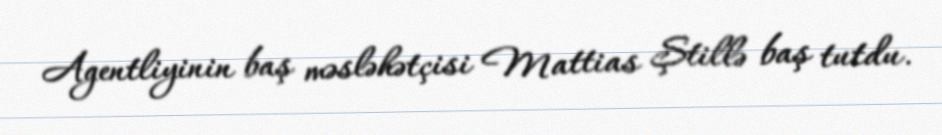
Agentliyinin baş məsləhətçisi Mattias Ştillə baş tutdu.